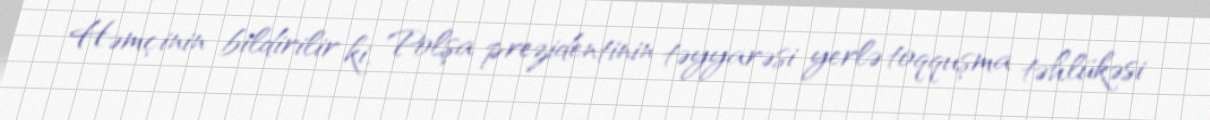
Həmçinin bildirilir ki, Polşa prezidentinin təyyarəsi yerlə toqquşma təhlükəsi